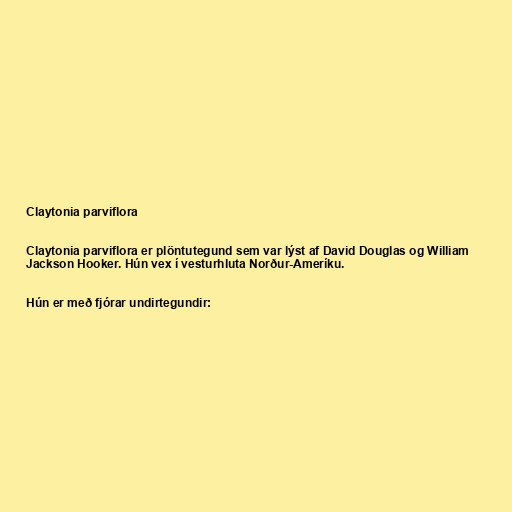
Claytonia parviflora

Claytonia parviflora er plöntutegund sem var lýst af David Douglas og William
Jackson Hooker. Hún vex í vesturhluta Norður-Ameríku.

Hún er með fjórar undirtegundir: